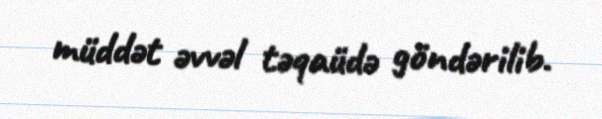
müddət əvvəl təqaüdə göndərilib.